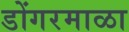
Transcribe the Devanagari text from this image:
डोंगरमाळा